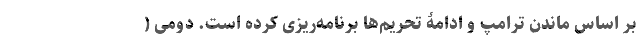
بر اساس ماندن ترامپ و ادامۀ تحریم‌ها برنامه‌ریزی کرده است. دومی (